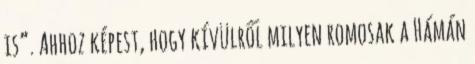
is”. Ahhoz képest, hogy kívülről milyen romosak a Hámán